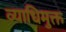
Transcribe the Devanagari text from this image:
व्याधिमुक्त